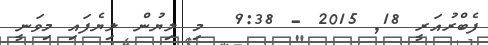
ފެބްރުއަރީ 18